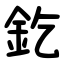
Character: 釳